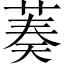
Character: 𦴺